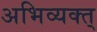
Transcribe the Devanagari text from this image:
अभिव्यक्त्